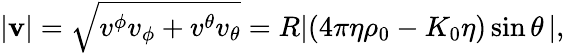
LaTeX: \begin{array}{r}{|\mathbf{v}|=\sqrt{v^{\phi}v_{\phi}+v^{\theta}v_{\theta}}=R|(4\pi\eta\rho_{0}-K_{0}\eta)\sin\theta\, |,}\end{array}